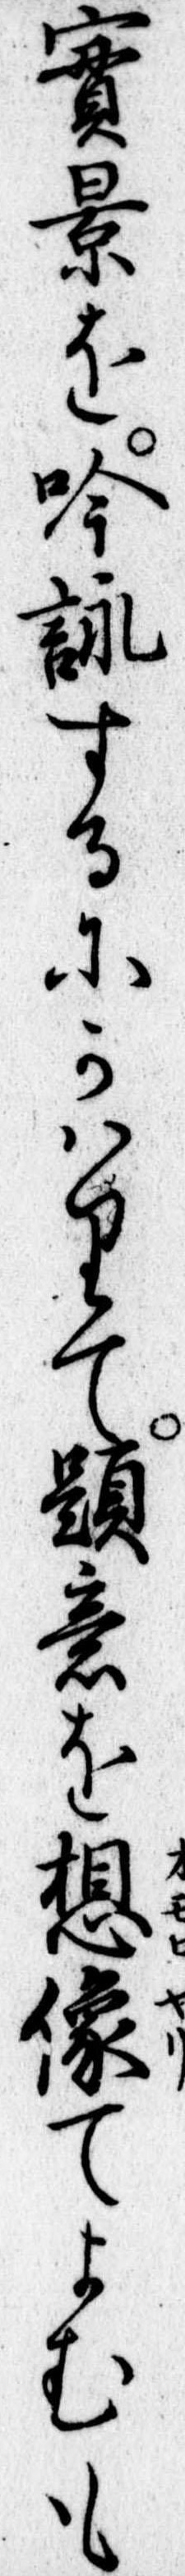
実景を吟詠するにかはりて題意を想像てよむも